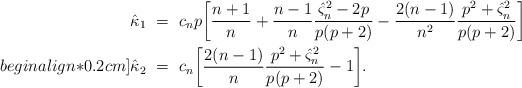
\begin{align*} \hat\kappa_{1} \ &= \ c_n p \bigg[ \frac{n+1}{n} +\frac{n-1}{n} \frac{{\hat\varsigma}_n^2 - 2p}{p(p+2)} - \frac{2(n-1)}{n^2} \frac{p^2+\hat\varsigma_n^2}{p(p+2)} \bigg]\\begin{align*}0.2cm] \hat\kappa_{2} \ &= \ c_n\bigg[\frac{2(n-1)}{n}\frac{p^2+\hat\varsigma_n^2}{p(p+2)} - 1\bigg].\end{align*}